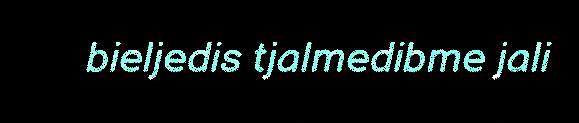
bieljedis tjalmedibme jali